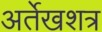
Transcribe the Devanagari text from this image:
अर्तेखशत्र